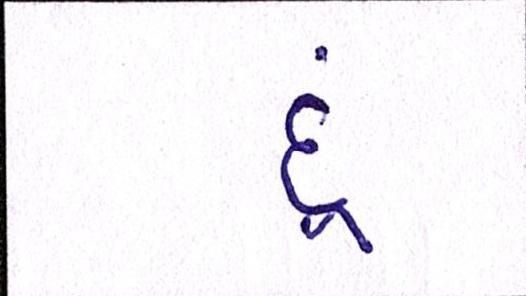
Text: દૂં